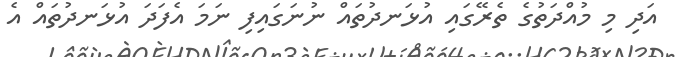
އަދި މި މުއްދަތުގެ ތެރޭގައި އުޅަނދުތައް ނުނަގައިފި ނަމަ އެފަދަ އުޅަނދުތައް އެ